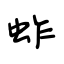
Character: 蚱